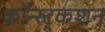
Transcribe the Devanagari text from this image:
कॉन्स्ट्रकशन